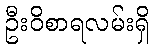
ဦးဝိစာရလမ်းရှိ